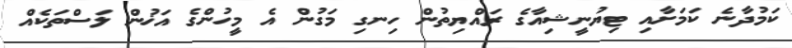
ކަމުދާނެ ކަމަށާއި ޓިޔުނީޝިއާގެ ރައްޔިތުން ހިނގި މަގުން އެ މީހުންގެ އަޚުން ލަސްތަކެއް